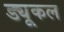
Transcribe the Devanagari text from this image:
ड्यूकल